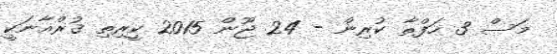
މަސް 3 ހަފްތާ ކުރިން - 24 ޖޫން 2015 ކީރިތި ޤުރްއާނަކީ